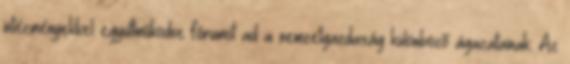
intézményekkel együttműködve fórumot ad a nemzetgazdaság különböző ágazatainak. Az